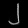
Digit: ၂